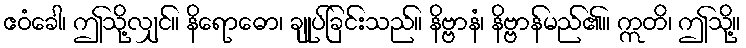
ဧဝံခေါ၊ ဤသို့လျှင်။ နိရောဓော၊ ချုပ်ခြင်းသည်။ နိဗ္ဗာနံ၊ နိဗ္ဗာန်မည်၏။ ဣတိ၊ ဤသို့။